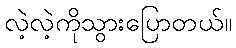
လဲ့လဲ့ကိုသွားပြောတယ်။